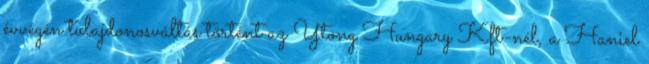
évvégén tulajdonosváltás történt az Ytong Hungary Kft-nél, a Haniel